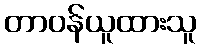
တာဝန်ယူထားသူ